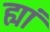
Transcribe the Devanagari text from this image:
ह्यां